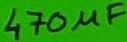
Text: 470µF